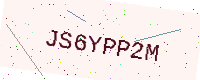
Text: JS6YPP2M